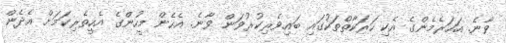
ވާނެ. އަހަރެމެންގެ އެކި ހަރަކާތްތަކުގައި ބައިވެރިކުރުވަން ވާނެ. އެހެން މީހުންގެ އެހީތެރިކަމަށް އެދެން